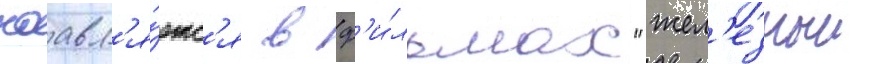
поавл'я́етс'я в ф'и́льмах "жел'езныи